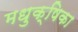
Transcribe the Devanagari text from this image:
मधुक्षिका